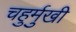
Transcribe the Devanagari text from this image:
चहुर्मुखी